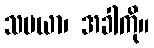
သမယာ၊ အခါကို။